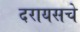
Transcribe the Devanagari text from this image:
दरायसचे